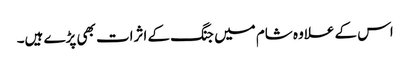
اس کے علاوہ شام میں جنگ کے اثرات بھی پڑے ہیں۔